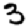
Digit: 3